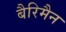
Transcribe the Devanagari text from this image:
बैरिमैन